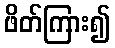
ဖိတ်ကြား၍